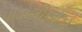
પાડોશીઓએ